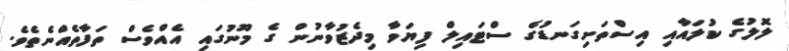
ލޮލުގެ ކުލައާއި އިސްތަށިގަނޑުގެ ސްޓައިލް ފިޔަވާ މިދެޒުވާނުން ގެ މޫނުގައި އެއްވެސް ތަފާތެއްނެތެވެ.